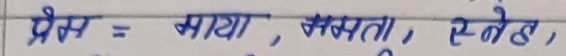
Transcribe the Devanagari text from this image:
प्रेम = माया, ममता, स्नेह,